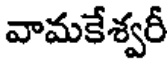
వామకేశ్వరీ